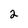
Character: 2